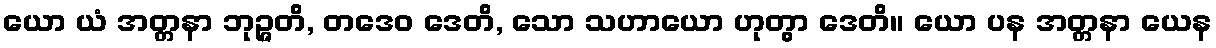
ယော ယံ အတ္တနာ ဘုဉ္ဇတိ, တဒေဝ ဒေတိ, သော သဟာယော ဟုတွာ ဒေတိ။ ယော ပန အတ္တနာ ယေန